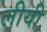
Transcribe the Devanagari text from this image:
लीयी